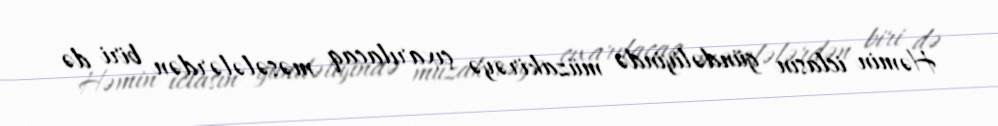
Həmin iclasın gündəliyində müzakirəyə çıxarılacaq məsələlərdən biri də